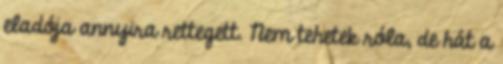
eladója annyira rettegett. Nem tehetek róla, de hát a